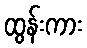
ထွန်းကား